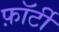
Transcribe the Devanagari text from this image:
फ़ॉर्टी